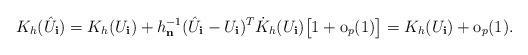
LaTeX: \begin{align*}K_{h}(\hat{U}_{\mathbf{i}})=K_{h}(U_{\mathbf{i}})+h_{\mathbf{n}}^{-1}(\hat{U}_{\mathbf{i}}-U_{\mathbf{i}})^{T}\dot{K}_{h}(U_{\mathbf{i}})\bigl[1+\mathrm{o}_{p}(1)\bigr]=K_{h}(U_{\mathbf{i}})+\mathrm{o}_{p}(1).\end{align*}